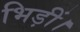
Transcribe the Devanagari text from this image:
भिड़ीं।